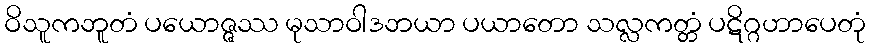
ဝိသူကဘူတံ ပယောဇ္ဇဿ မုသာဝါဒဘယာ ပယာတော သလ္လကတ္တံ ပဋိဂ္ဂဟာပေတုံ